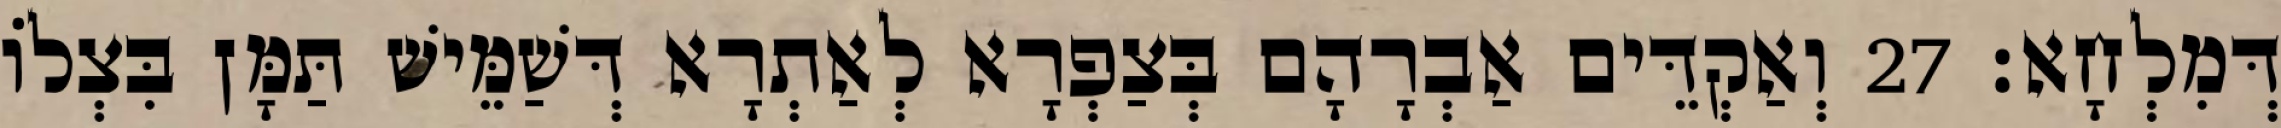
דְּמִלְחָא׃ 27 וְאַקְדֵּים אַבְרָהָם בְּצַפְרָא לְאַתְרָא דְּשַׁמֵּישׁ תַּמָּן בִּצְלוֹ